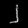
Digit: ၂